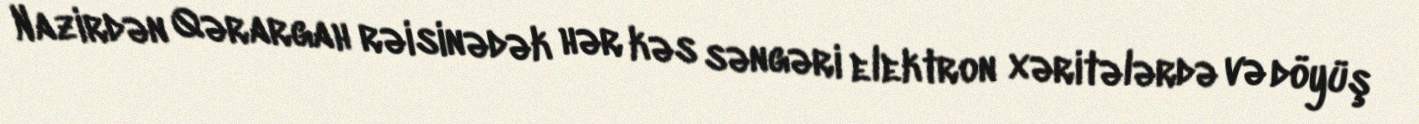
Nazirdən Qərargah rəisinədək hər kəs səngəri elektron xəritələrdə və döyüş